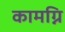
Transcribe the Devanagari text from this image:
कामग्नि